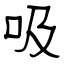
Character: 吸